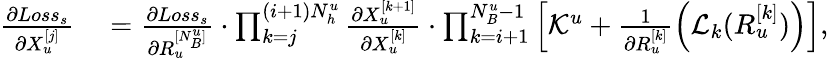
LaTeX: \begin{array}{rl}{\frac{\partial Loss_{s}}{\partial X_{u}^{[j]}}}&{{}=\frac{\partial Loss_{s}}{\partial R_{u}^{[N_{B}^{u}]}}\cdot\prod_{k=j}^{(i+1)N_{h}^{u}}\frac{\partial X_{u}^{[k+1]}}{\partial X_{u}^{[k]}}\cdot\prod_{k=i+1}^{N_{B}^{u}-1}\left[\mathcal{K}^{u}+\frac{1}{\partial R_{u}^{[k]}}\left(\mathcal{L}_{k}(R_{u}^{[k]})\right)\right],}\end{array}